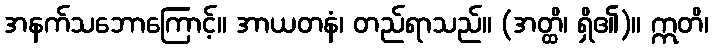
အနက်သဘောကြောင့်။ အာယတနံ၊ တည်ရာသည်။ (အတ္ထိ၊ ရှိ၏)။ ဣတိ၊